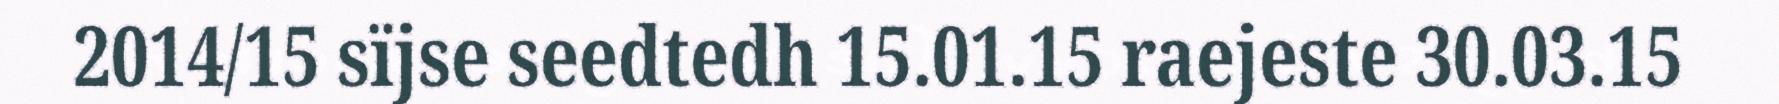
2014/15 sïjse seedtedh 15.01.15 raejeste 30.03.15